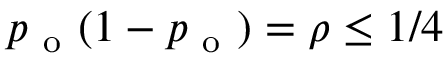
p _ { \mathrm { ~ o ~ } } ( 1 - p _ { \mathrm { ~ o ~ } } ) = \rho \leq 1 / 4